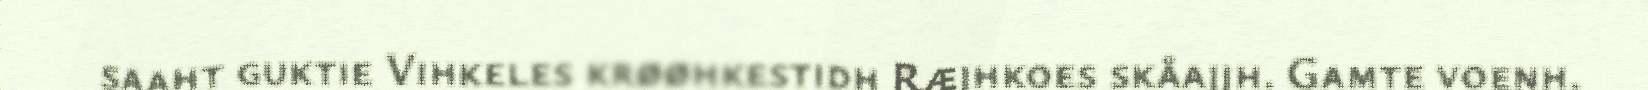
saaht guktie Vihkeles krøøhkestidh Ræjhkoes skåajjh. Gamte voenh.